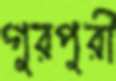
গুরপুরী